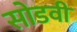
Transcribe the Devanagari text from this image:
सोडवी